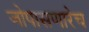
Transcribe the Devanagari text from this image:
जोपासणारेच